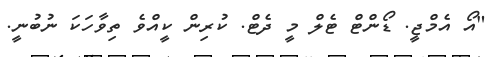
"އޯ އެމްޖީ. ޑޯންޓް ޓެލް މީ ދެޓް. ކުރިން ކީއްވެ ތިވާހަކަ ނުބުނީ.